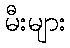
မီးများ